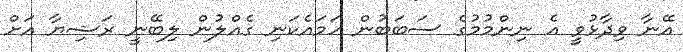
އޭނާ ވިދާޅުވީ އެ ނިންމުމުގެ ސަބަބުން ހަމައެކަނި ގެއްލުން ލިބޭނީ ރަޝިޔާ އަށް